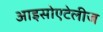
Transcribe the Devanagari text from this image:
आइसोएटेलीज